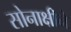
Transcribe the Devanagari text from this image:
सोनाक्षीने